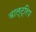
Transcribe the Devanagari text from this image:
वाल्ट्रिप